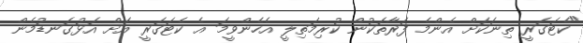
"ކެޓަގަރީ ތިނަކަށް އެންމެ ފަރާތަކުން ކުރިމަތިލީ އެހެންވީމަ އެ ކެޓަގަރީ އަށް އަޅުގަނޑުމެން